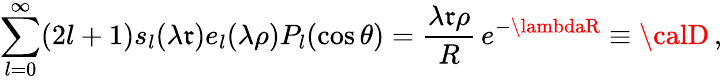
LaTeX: \sum_{l=0}^{\infty}(2l+1)s_{l}(\lambda\mathfrak{r})e_{l}(\lambda\rho)P_{l}(\cos\theta)=\frac{{\lambda\mathfrak{r}\rho}}{{R}}\, e^{-\lambdaR}\equiv{\calD}\, ,